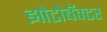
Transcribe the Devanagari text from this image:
झोटोबॅक्टर